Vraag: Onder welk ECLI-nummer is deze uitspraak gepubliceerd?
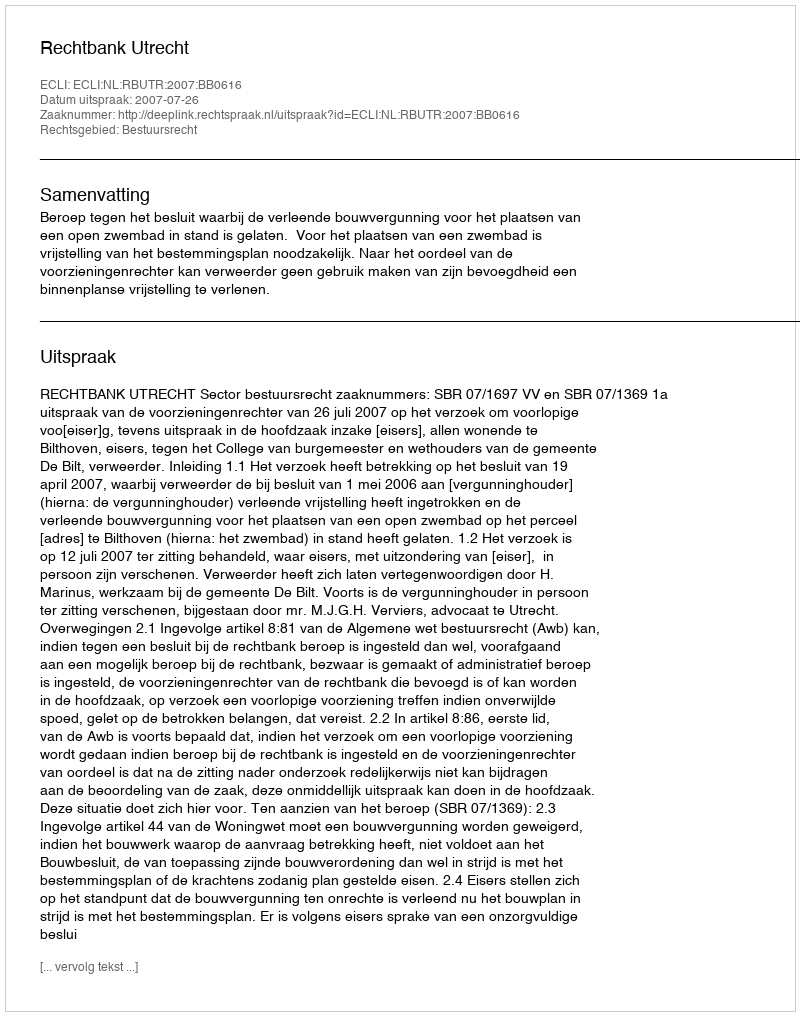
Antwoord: ECLI:NL:RBUTR:2007:BB0616